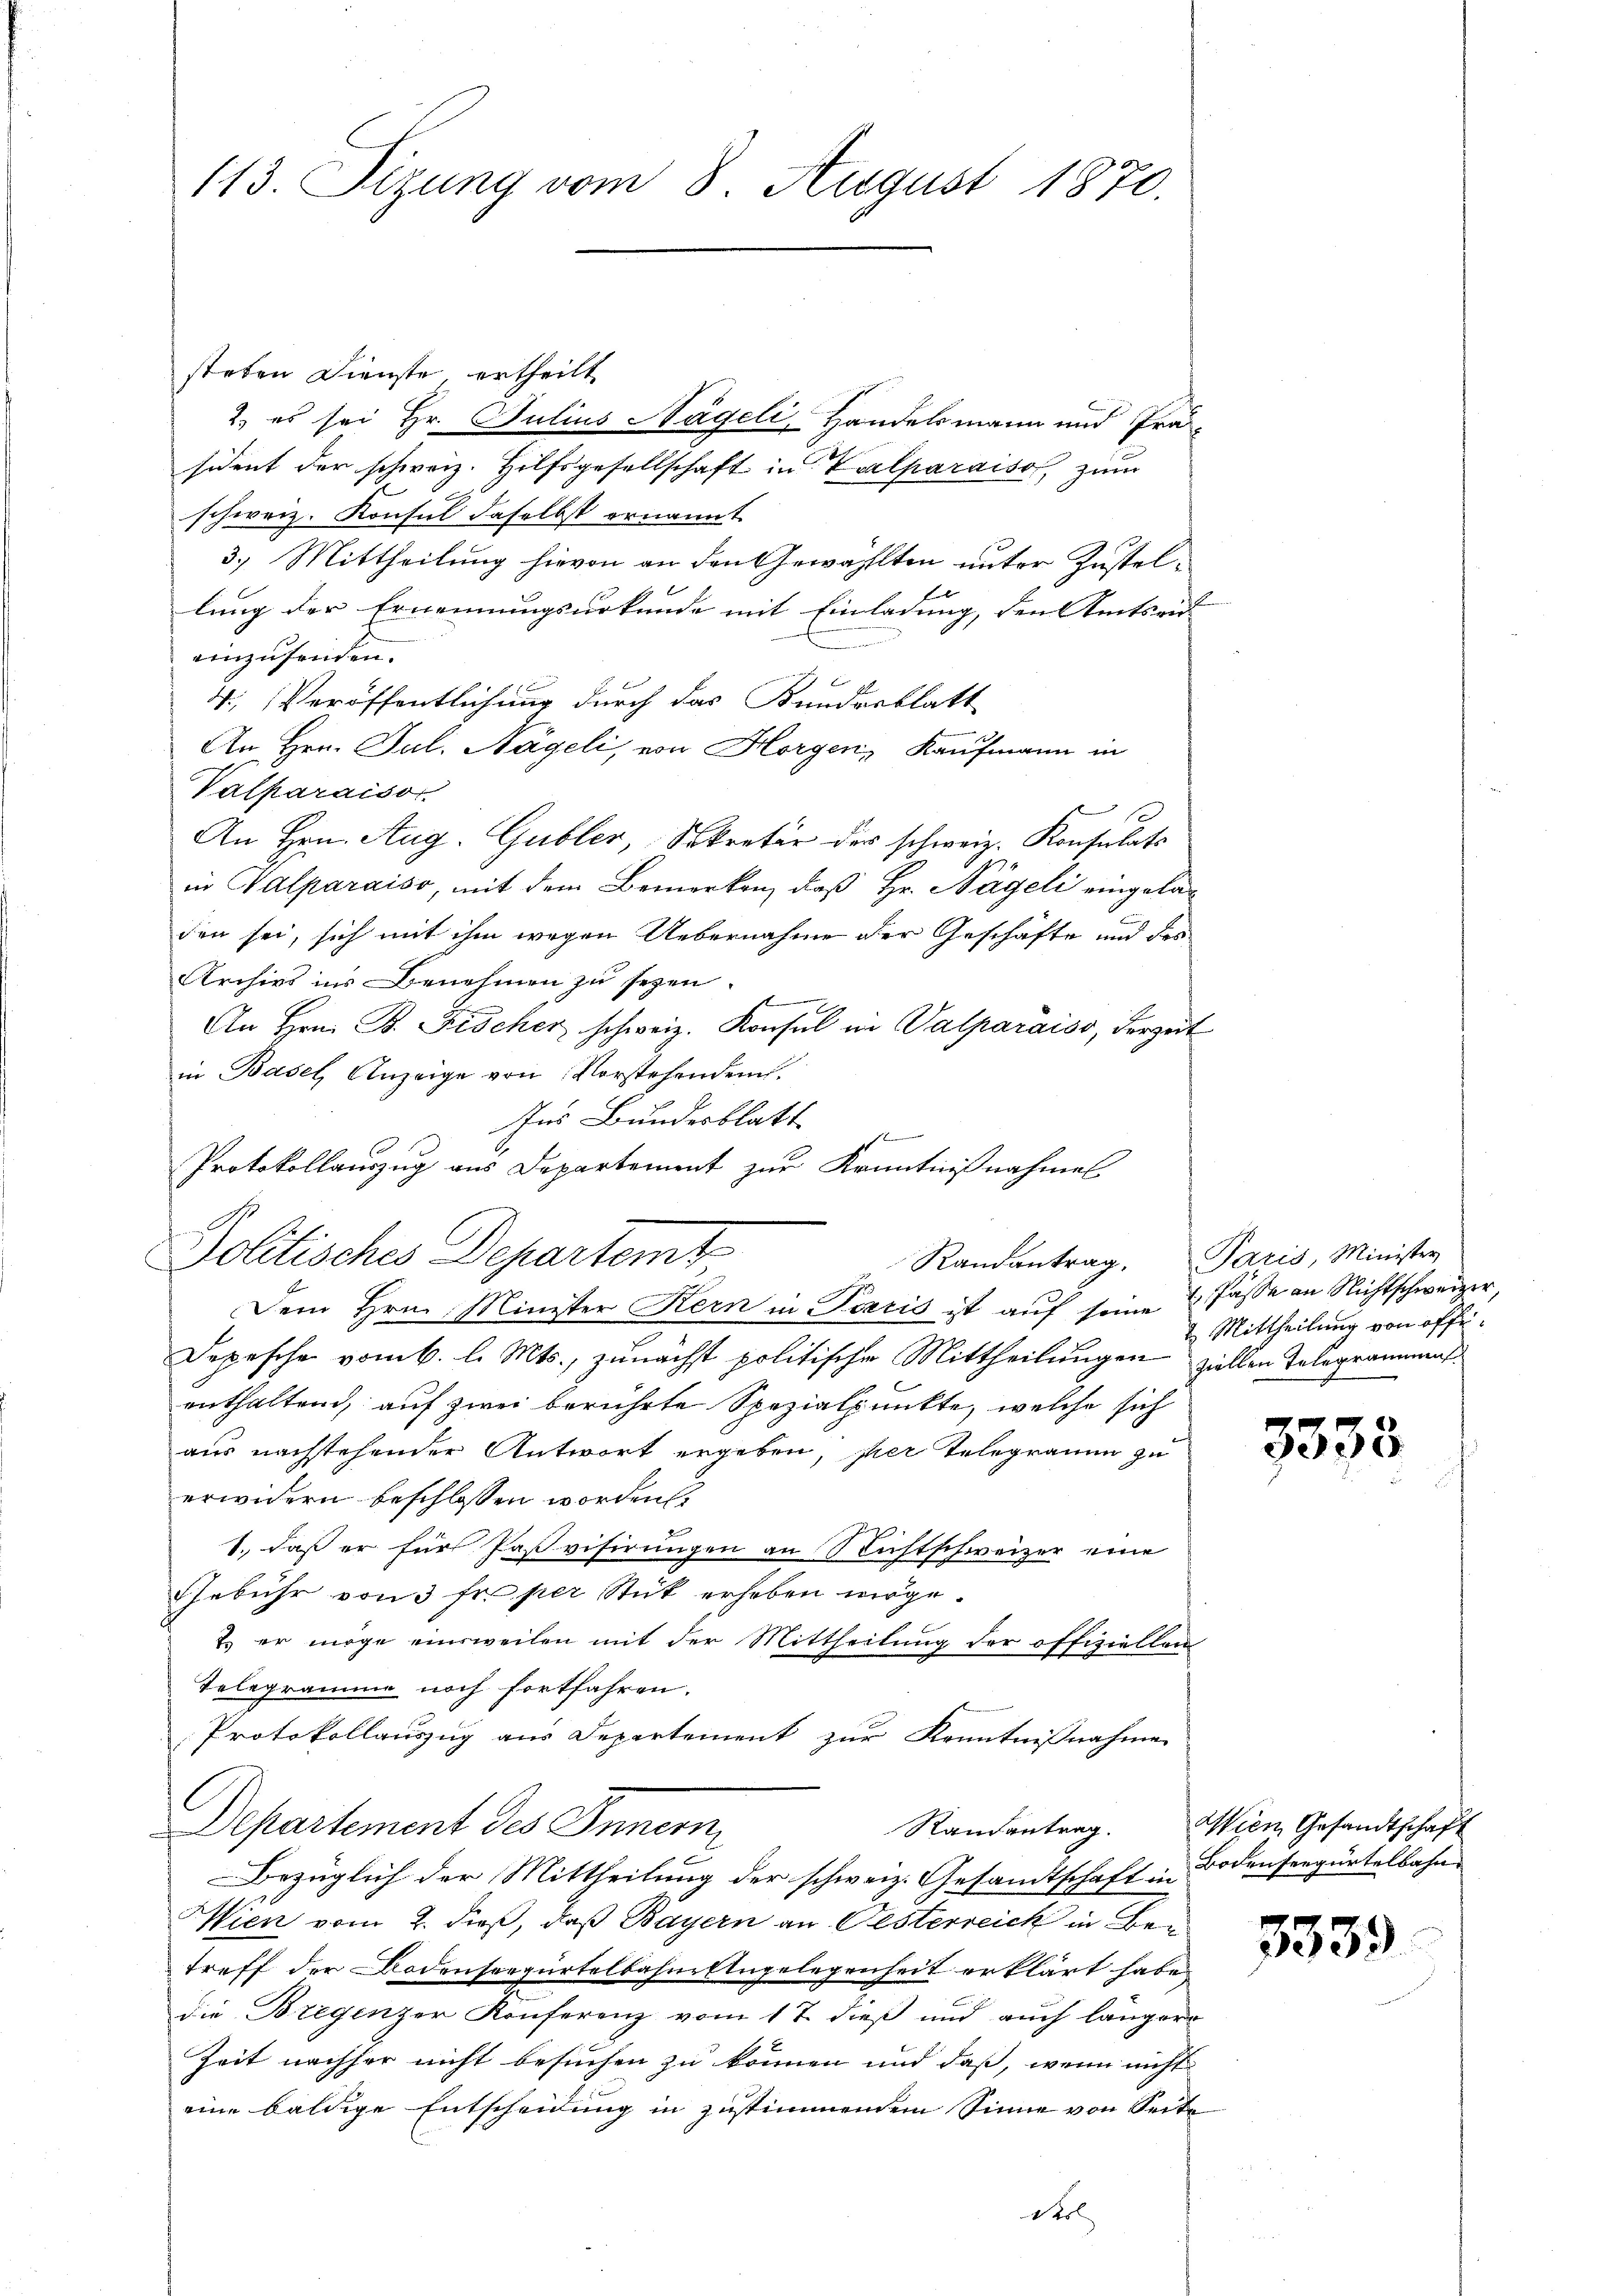
113. Sizung vom 8. August 1870.

steten Dienste, ertheilt
2. es sei Hr. Julius Nägeli, Handelsmann und Prä-
sident der schweiz. Hilfsgesellschaft in Kalparaison, zum
schweiz. Konsul daselbst ernannt
3.) Mittheilung hievon an den Gewählten unter Zustellung der Ernennungsurkunde mit Einladung, den Amtsri- |
einzusenden.
4., Veröffentlichung durch das Kundesblatt
An Hrn. Jul. Nägeli, von Horgen, Kaufmann in
Valparaisor
An Hrn. Aug. Gubler, Sekretär der schweiz. Konsulats
in Valparaiso, mit dem Bemerken, daß Hr. Nägeli eingeladen sei, sich mit ihm wegen Uebernahme der Geschäfte und des
Archivs ins Benehmen zu seyen.
An Hrn. B. Fischer schweiz. Konsul in Valparaiss, derzeit
in Basel, Anzeige von Vorstehenden.
Ins Bundesblatt
d
Protokollauszug aus Departement zur Kenntnißnahmel
n
Dem Hrn. Minister Kern in Paris ist auf seine Fässe an Nichtschweizer,
Depesche vom 6. l. Mts., zunächst politische Mittheilungen ziellen Telegrammens
enthaltend, auf zwei berührte Spezialpunkte, welche sich
aus nachstehender Antwort ergeben, per Telegramm zu
erwidern beschlossen worden
1. daß er für Pasvisirungen an Nichtschweizer eine
Gebühr von 3 fr. per Stück erhoben möge.
2. er möge einsweilen mit der Mittheilung der offiziellen
Telegramme noch fortfahren.
Protokollauszug aus Departement zur Kenntnißnahme
Randantrag. Wien Gesandtschaft
Departement des Innern
Bezüglich der Mittheilung der schweiz. Gesamtschaft in Bodensergürtelbahn¬
Wien vom 2. dieß, daß Bayern an Oesterreich in Bei
treff der Bodensoegürtelbahne Angelegenheit erklärt habe.
die Bregenzer Konferenz vom 17. dieß und auch längere
Zeit nachher nicht besuchen zu können und daß, wenn nicht
eine baldige Entscheidung in zustimmendem Sinne von Seite
Stol

Politisches Departemt

Randantrag. Paris, Minister

2 Mittheilung von offe¬

3333

3339.